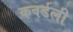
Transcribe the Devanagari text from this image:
कवर्डली